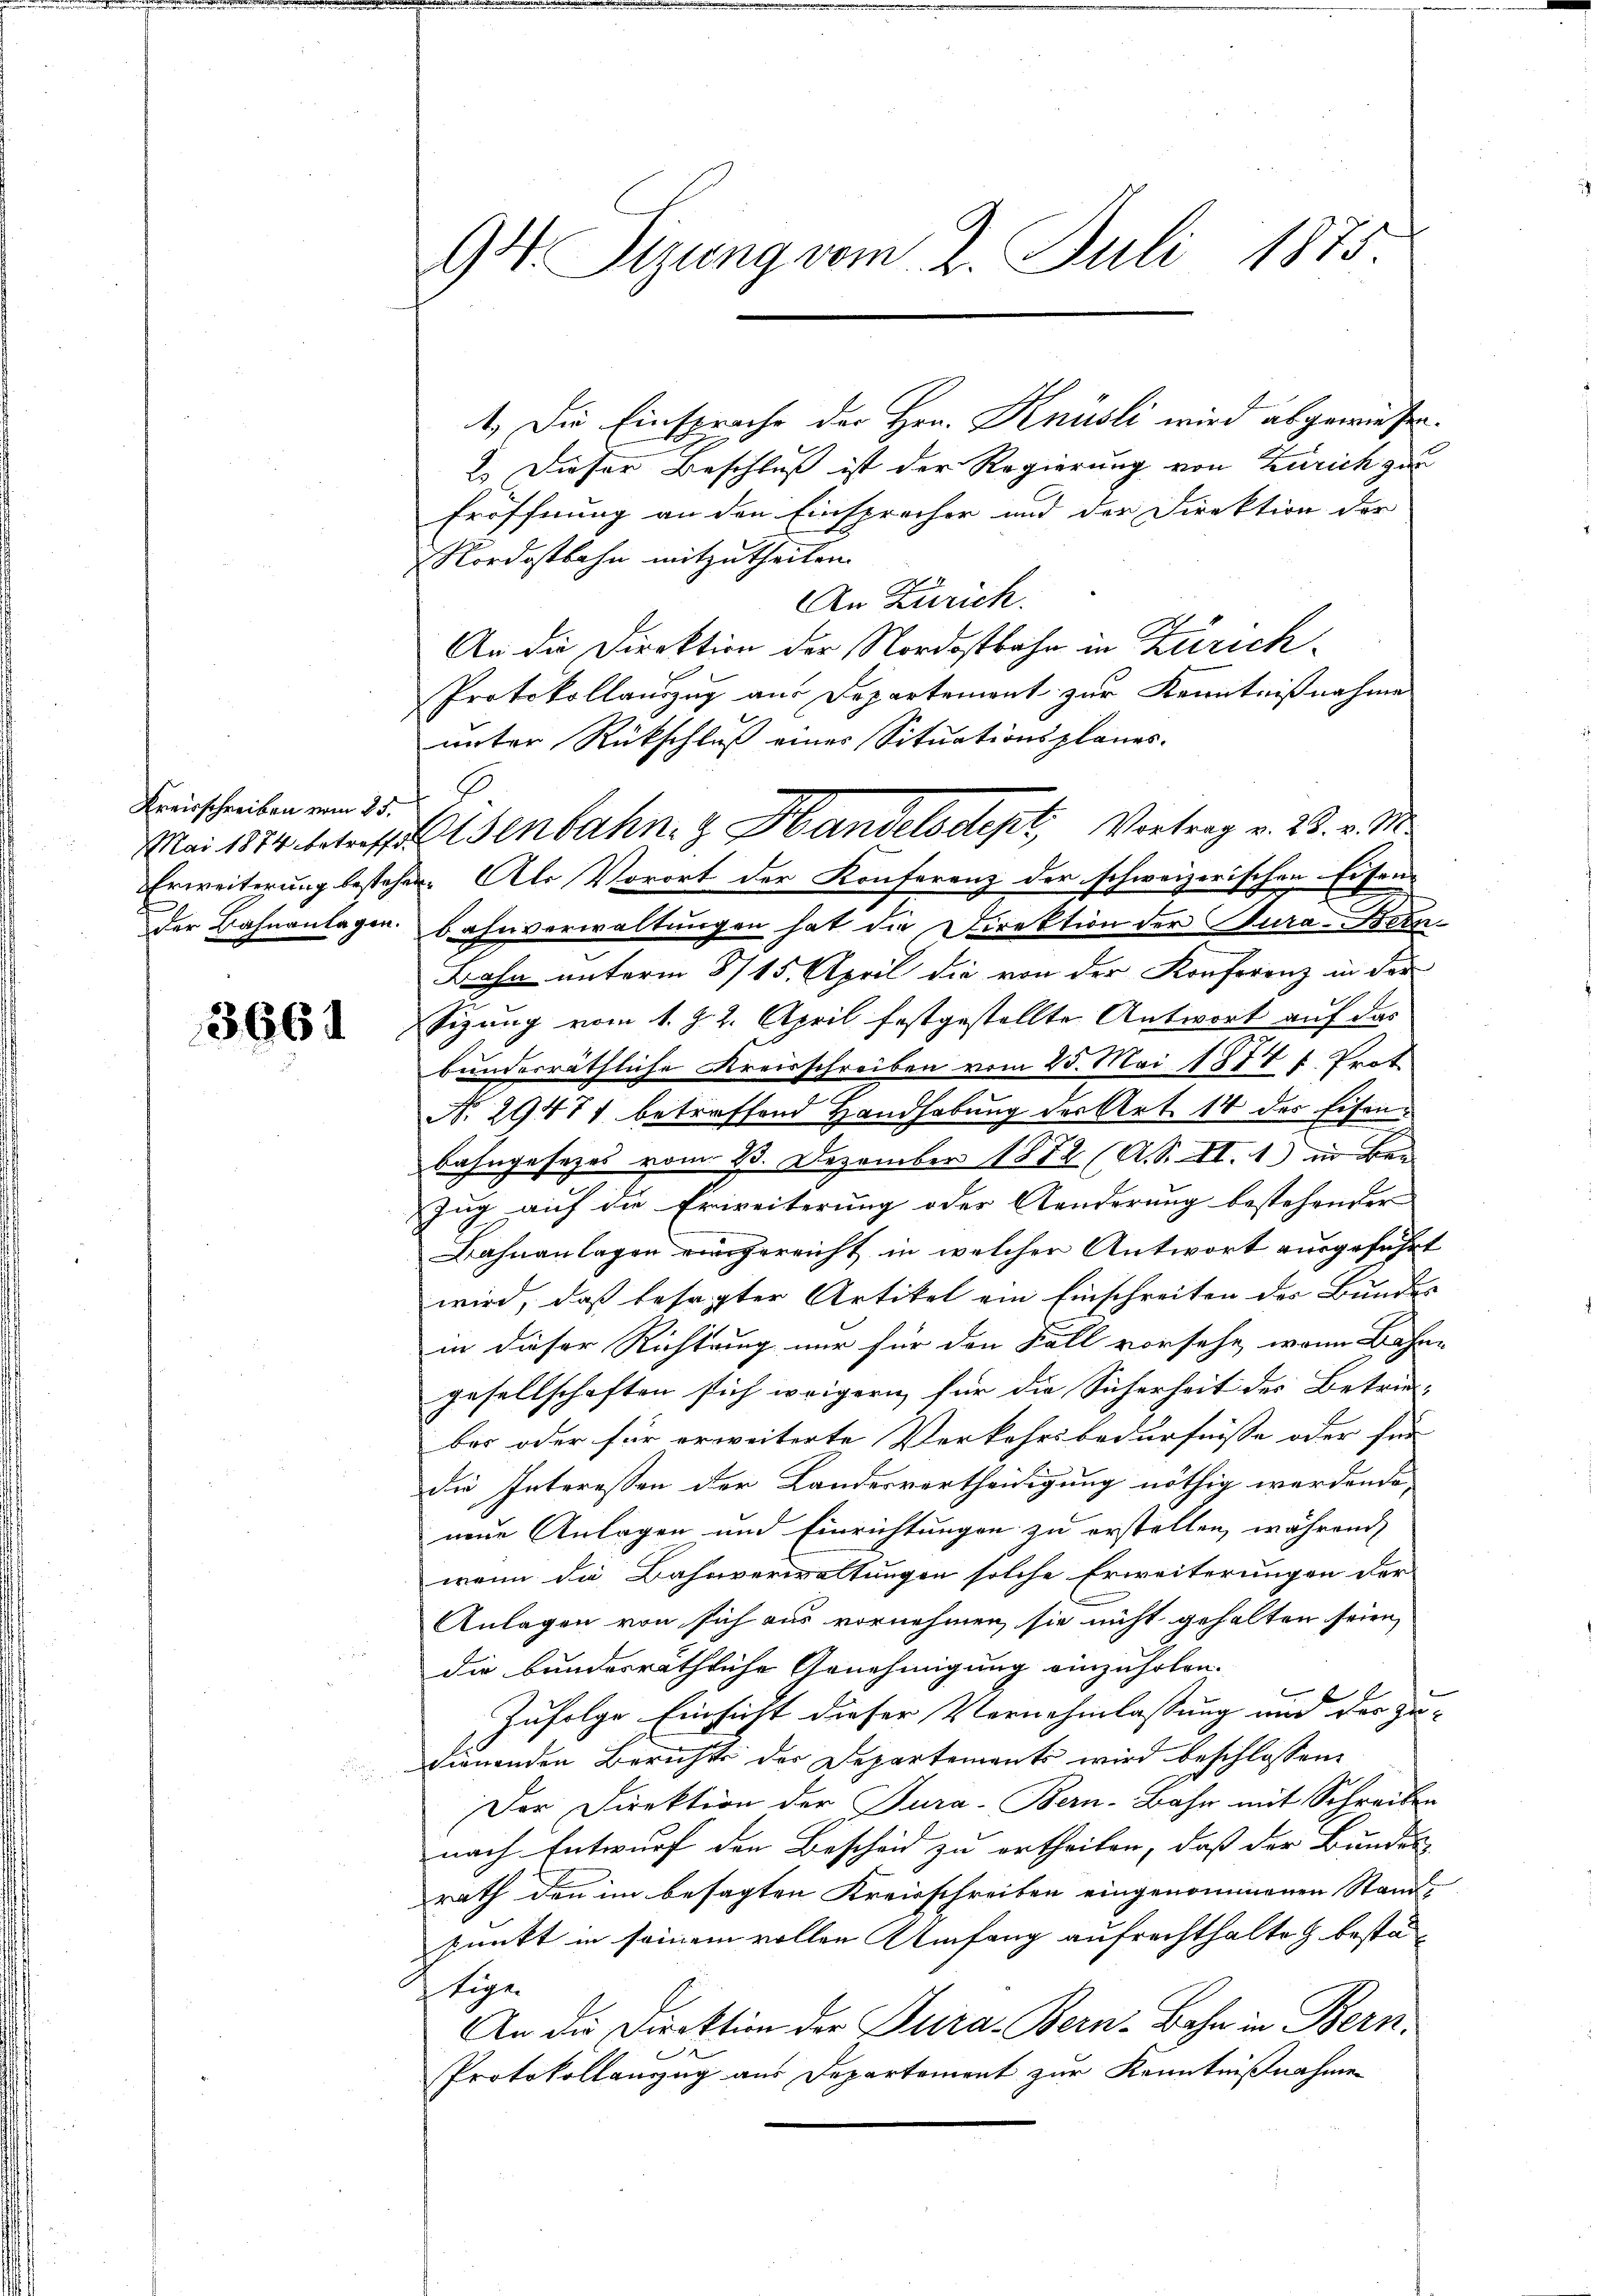
Kreisschreiben vom 25.

3661

1. Die Einsprache der Hrn. Knüsli wird abgewiesen.
2.) Dieser Beschluß ist der Regierung von Zürich zu
Eröffnung an den Einsprecher und der Direktion der
Nordostbahn mitzutheilen.
An Zürich.
An die Direktion der Nordostbahn in Zürich¬
Protokollauszug aus Departement zur Kenntnißnahme
unter Rückschluß eines Situationsplanes.
der Bahnanlagen. Bahnverwaltungen hat die Direktion der Jura-Been¬
Bahn unterm 8715. April die von der Konferenz in der
Sizung vom 1. Z. 2. April festgestellte Antwort auf das
bundesräthliche Kreisschreiben vom 25. Mai 1817 f. Prot
No 29471 betreffend Handhabung der Art. 14 der Eisenbahngesezes vom 23. Dezember 1852 (A. S. II. 1) in Ben
Zug auf die Erweiterung oder Aenderung bestehender
Bahnanlagen eingereicht in welcher Antwort ausgeführt
wird, daß besagter Artikel ein Einschreiten des Bundes
in dieser Richtung nur für den Fall vorsehe, wenn Bahn-
gesellschaften sich weigern für die Sicherheit des Betrie-
ber oder für erweiterte Verkehrsbedürfnisse oder für
die Interessen der Landesvertheidigung nöthig werdende,
nene Anlagen und Einrichtungen zu erstellen, während
wenn die Bahnverwaltungen solche Erweiterungen der
Anlagen von sich aus vornehmen, sie nicht gehalten seien,
die bundesräthliche Genehmigung einzuholen.
Zufolge Einsicht dieser Vernehmlassung und der Zu- |
dierenden Berichts der Departements wird beschlossen:
Der Direktion der Tura-Bern-Bahn mit Schreiben
nach Entwurf den Bescheid zu ertheilen, dass der Bundes
rath den im besagten Kreisschreiben eingenommenen Stand¬
Punkt in seinem vollen Umfang aufrechthalten bestätige
An die Direktion der Dura-Bern-Bahn in Bern.

Protokollanzug aus Departement zur Kenntnißnahme

94 Sizung vom 2. Juli 1875.

Mai 1874 betreffenbahn, z. Handelsdept, Vortrag v. 23. v. M.
Erweiterung besteher. Als Vorort der Konferenz der schweizerischen Eisen-